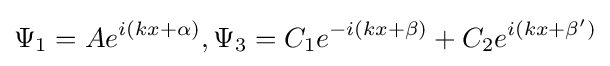
\Psi _{1}=Ae^{i(kx+\alpha )},\Psi _{3}=C_{1}e^{-i(kx+\beta )}+C_{2}e^{i(kx+\beta ')}